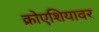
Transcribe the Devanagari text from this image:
क्रोएशियावर